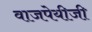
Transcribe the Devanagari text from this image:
वाजपेयीजी